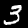
Label: 3